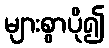
များစွာပို၍